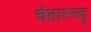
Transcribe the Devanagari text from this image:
चेतारज्जू